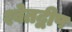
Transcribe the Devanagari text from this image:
श्वेतद्वीप